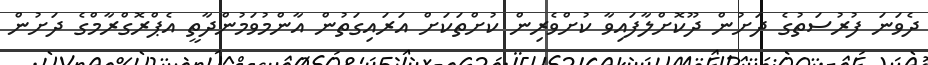
ދެވަނަ ފުރުސަތުގެ ދަށުން ދޫކޮށްލާފައިވާ ކުށްވެރިން ކުށްތަކަށް އަރައިގަތުން އާންމުވަމުންދާތީ އެޕްރޮގްރާމްގެ ދަށުން